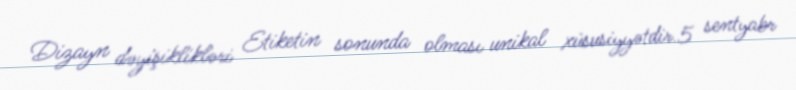
Dizayn dəyişiklikləri Etiketin sonunda olması unikal xüsusiyyətdir.5 sentyabr